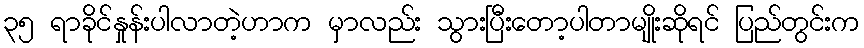
၃၅ ရာခိုင်နှုန်းပါလာတဲ့ဟာက မှာလည်း သွားပြီးတော့ပါတာမျိုးဆိုရင် ပြည်တွင်းက